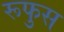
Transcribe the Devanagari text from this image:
रूफुस